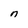
Character: n